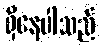
ရှိနေပါသည်